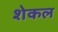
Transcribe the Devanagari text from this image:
शेकल